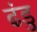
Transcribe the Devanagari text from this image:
ढंडु